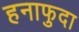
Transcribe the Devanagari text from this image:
हनाफुदा